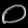
Digit: ၀